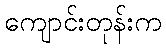
ကျောင်းတုန်းက